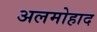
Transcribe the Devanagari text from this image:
अलमोहाद